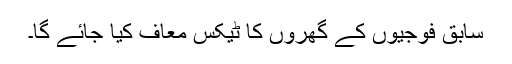
سابق فوجیوں کے گھروں کا ٹیکس معاف کیا جائے گا۔